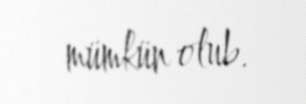
mümkün olub.